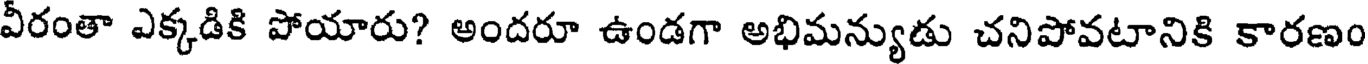
వీరంతా ఎక్కడికి పోయారు? అందరూ ఉండగా అభిమన్యుడు చనిపోవటానికి కారణం